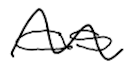
Text: as
Cross-out: wave
Writing tool: digital_black